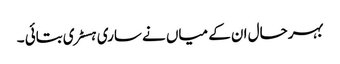
بہرحال ان کے میاں نے ساری ہسٹری بتائی ۔